Vital statistics of India. Vol. V, Reports of 1876 on armies & jails and on epidemic cholera
Year: 1876
Disease focus: Cholera
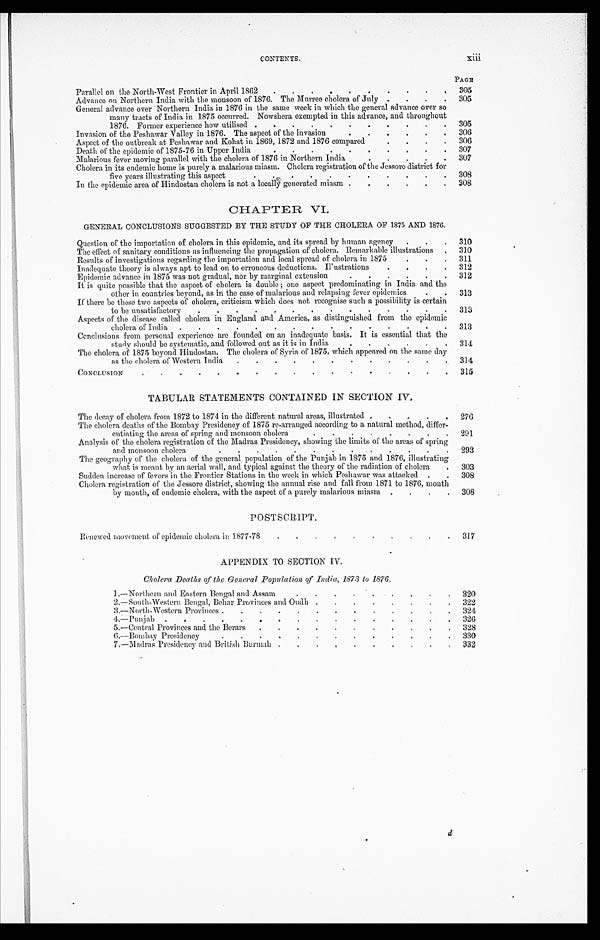
CONTENTS.
xiii
PAGE
P a r a l l e l o n t h e No r t h - We s t F r o n t i e r i n Ap r i l 1 8 6 2 . . .
305
Advance on Northern India with the monsoon of 1876. The Murree cholera of July . . .
305
General advance over Northern India in 1876 in the same week in which the general advance over so
many tracts of India in 1875 occurred. Nowshera exempted in this advance, and throughout
1876. Former experience how utilised . . .
305
Invasion of the Peshawar Valley in 1876. The aspect of the invasion . . .
306
Aspect of the outbreak at Peshawar and Kohat in 1869, 1872 and 1876 compared . . .
306
Death of the epidemic of 1875-76 in Upper India . . .
307
Malarious fever moving parallel with the cholera of 1876 in Northern India . . .
307
Cholera in its endemic home is purely a malarious miasm. Cholera registration of the Jessore district for
five years illustrating this aspect . . .
308
In the epidemic area of Hindostan cholera is not a locally generated miasm . . .
308
CHAPTER VI.
GENERAL CONCLUSIONS SUGGESTED BY THE STUDY OF THE CHOLERA OF 1875 AND 1876.
Question of the importation of cholera in this epidemic, and its spread by human agency . . .
310
The effect of sanitary conditions as influencing the propagation of cholera. Remarkable illustrations . . .
310
Results of investigations regarding the importation and local spread of cholera in 1875 . . .
311
Inadequate theory is always apt to lead on to erroneous deductions. Il'ustrations . . .
312
Epidemic advance in 1875 was not gradual, nor by marginal extension . . .
312
It is quite possible that the aspect of cholera is double ; one aspect predominating in India and the
other in countries beyond, as in the case of malarious and relapsing fever epidemics . . .
313
If there be these two aspects of cholera, criticism which does not recognise such a possibility is certain
to be unsatisfactory . . .
313
Aspects of the disease called cholera in England and America, as distinguished from the epidemic
cholera of India . . .
313
Conclusions from personal experience are founded on an inadequate basis. It is essential that the
study should be systematic, and followed out as it is in India . . .
314
The cholera of 1875 beyond Hindostan. The cholera of Syria of 1875, which appeared on the same day
as the cholera of Western India . . .
314
CONCLUSION . . .
315
TABULAR STATEMENTS CONTAINED IN SECTION IV.
The decay of cholera from 1872 to 1874 in the different natural areas, illustrated . . .
276
The cholera deaths of the Bombay Presidency of 1875 re-arranged according to a natural method, differ-
entiating the areas of spring and monsoon cholera . . .
291
Analysis of the cholera registration of the Madras Presidency, showing the limits of the areas of spring
and monsoon cholera . . .
2 9 3
The geography of the cholera of the general population of the Punjab in 1875 and 1876, illustrating
what is meant by an aerial wall, and typical against the theory of the radiation of cholera . . .
303
Sudden increase of fevers in the Frontier Stations in the week in which Peshawar was attacked . . .
308
Cholera registration of the Jessore district, showing the annual rise and fall from 1871 to 1876, month
by month, of endemic cholera, with the aspect of a purely malarious miasm . . .
308
POSTSCRIPT.
Renewed movement of epidemic cholera in 1877-78 . . .
317
APPENDIX TO SECTION IV.
Cholera Deaths of the General Population of India, 1873 to 1876.
1.—Northern and Eastern Bengal and Assam . . .
320
2.—South-Western Bengal, Behar Provinces and Oudh . . .
322
3.—North-Western Provinces . . .
324
4.—
Punjab
.
.
.
326
5.—Central Provinces and the Berars . . .
328
6.—Bombay Presidency . . .
330
7.—Madras Presidency and British Burmah . . .
332 d